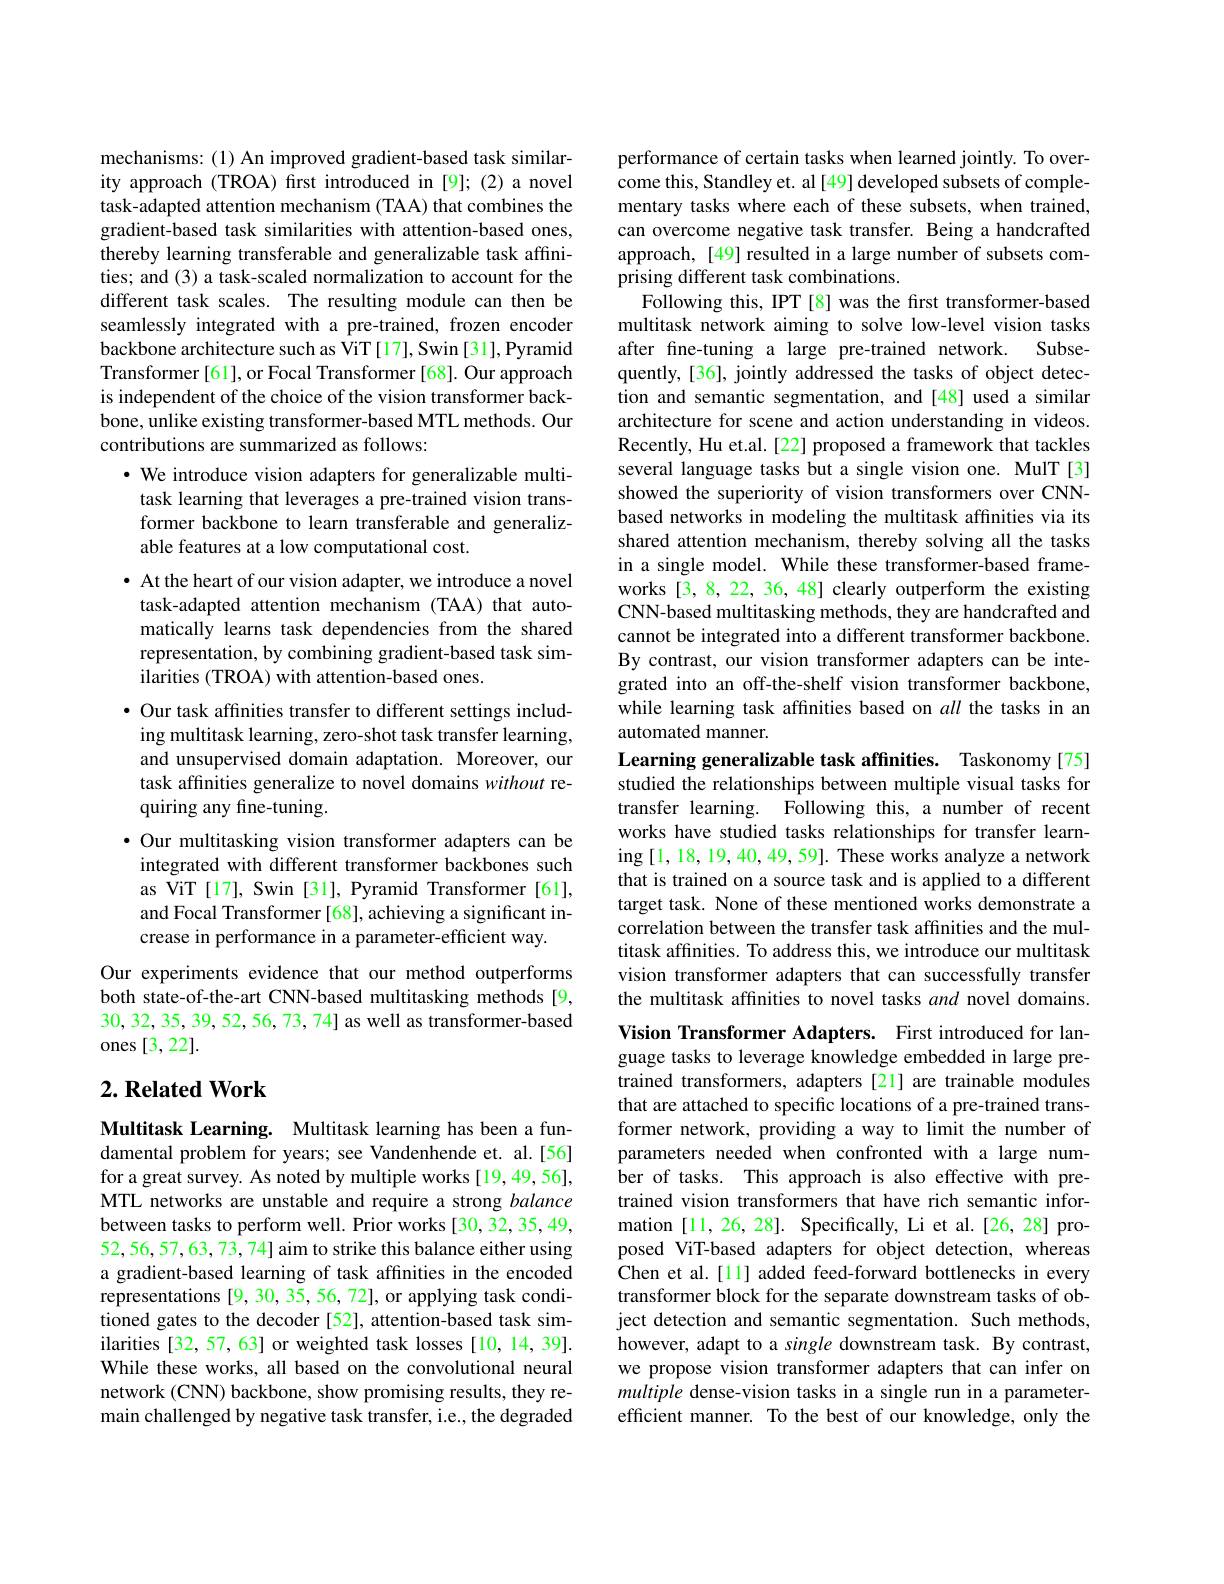
mechanisms: (1) An improved gradient-based task similarity approach (TROA) first introduced in [9];(2)a novel task-adapted attention mechanism (TAA) that combines the gradient-based task similarities with attention-based ones, thereby learning transferable and generalizable task affinities; and (3) a task-scaled normalization to account for the different task scales. The resulting module can then be seamlessly integrated with a pre-trained, frozen encoder backbone architecture such as ViT[17], Swin[31], Pyramid Transformer[61], or Focal Transformer[68]. Our approach is independent of the choice of the vision transformer backbone, unlike existing transformer-based MTL methods. Our contributions are summarized as follows:
· We introduce vision adapters for generalizable multi-
task learning that leverages a pre-trained vision transformer backbone to learn transferable and generalizable features at a low computational cost.
· At the heart of our vision adapter, we introduce a novel task-adapted attention mechanism (TAA) that automatically learns task dependencies from the shared representation, by combining gradient-based task similarities (TROA) with attention-based ones.
· Our task affinities transfer to different settings including multitask learning, zero-shot task transfer learning, and unsupervised domain adaptation. Moreover, our task affinities generalize to novel domains without requiring any fine-tuning.
·Our multitasking vision transformer adapters can be integrated with different transformer backbones such as ViT [17], Swin [31], Pyramid Transformer [61], and Focal Transformer [68], achieving a significant increase in performance in a parameter-efficient way.
Our experiments evidence that our method outperforms both state-of-the-art CNN-based multitasking methods[9, 30,32,35,39,52,56,73,74] as well as transformer-based ones [3,22].

## $2. \textbf{Related Work}$

Multitask Learning. Multitask learning has been a fundamental problem for years; see Vandenhende et. al.[56] for a great survey. As noted by multiple works [19,49,56], MTL networks are unstable and require a strong balance between tasks to perform well. Prior works [30,32,35,49, 52,56,57,63,73,74] aim to strike this balance either using a gradient-based learning of task affinities in the encoded representations [9, 30, 35, 56, 72], or applying task conditioned gates to the decoder [52], attention-based task similarities [32, 57, 63] or weighted task losses [10, 14, 39]. While these works, all based on the convolutional neural network (CNN) backbone, show promising results, they remain challenged by negative task transfer, i.e., the degraded

performance of certain tasks when learned jointly. To overcome this, Standley et. al [49] developed subsets of complementary tasks where each of these subsets, when trained, can overcome negative task transfer. Being a handcrafted approach, [49] resulted in a large number of subsets comprising different task combinations.
Following this, IPT[8] was the first transformer-based multitask network aiming to solve low-level vision tasks after fine-tuning a large pre-trained network. Subsequently, [36], jointly addressed the tasks of object detection and semantic segmentation, and [48] used a similar architecture for scene and action understanding in videos. Recently, Hu et.al. [22] proposed a framework that tackles several language tasks but a single vision one. MulT [3] showed the superiority of vision transformers over CNNbased networks in modeling the multitask affinities via its shared attention mechanism, thereby solving all the tasks in a single model. While these transformer-based frameworks [3,8,22,36,48] clearly outperform the existing CNN-based multitasking methods, they are handcrafted and cannot be integrated into a different transformer backbone. By contrast, our vision transformer adapters can be integrated into an off-the-shelf vision transformer backbone, while learning task affnities based on all the tasks in an automated manner.
Learning generalizable task affinities. Taskonomy[75]

studied the relationships between multiple visual tasks for transfer learning. Following this, a number of recent works have studied tasks relationships for transfer learning [1,18,19,40,49,59]. These works analyze a network that is trained on a source task and is applied to a different target task. None of these mentioned works demonstrate a correlation between the transfer task affinities and the multitask affinities. To address this, we introduce our multitask vision transformer adapters that can successfully transfer the multitask affinities to novel tasks and novel domains.

Vision Transformer Adapters. First introduced for language tasks to leverage knowledge embedded in large pretrained transformers, adapters[21] are trainable modules that are attached to specific locations of a pre-trained transformer network, providing a way to limit the number of parameters needed when confronted with a large number of tasks. This approach is also effective with pretrained vision transformers that have rich semantic information [11,26,28]. Specifically, Li et al.[26,28] proposed ViT-based adapters for object detection, whereas Chen et al.[11] added feed-forward bottlenecks in every transformer block for the separate downstream tasks of object detection and semantic segmentation. Such methods, however, adapt to a single downstream task. By contrast, we propose vision transformer adapters that can infer on multiple dense-vision tasks in a single run in a parameterefficient manner. To the best of our knowledge, only the